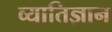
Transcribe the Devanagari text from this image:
व्यातिज्ञान